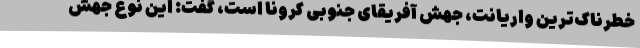
خطرناک‌ترین واریانت، جهش آفریقای جنوبی کرونا است، گفت: این نوع جهش